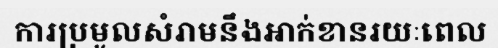
ការប្រមូលសំរាមនឹងអាក់ខានរយៈពេល